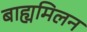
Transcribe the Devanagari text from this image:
बाह्यमिलन